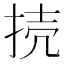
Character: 𢭜